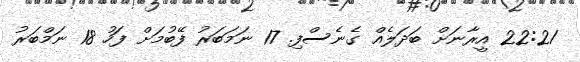
22:21 އީރާނަށް ބަދަލެއް ގެނެސްފި. 17 ނަމަބަރު ފޭބުމަށް ފަހު 18 ނަމްބަރު